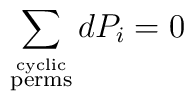
\sum_{\stackrel{\rm{cyclic}}{\rm{perms}}} d P_{i} =0